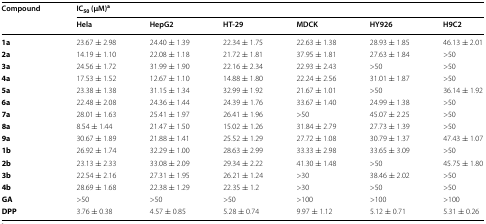
<table><thead><tr><td rowspan="2"><b>Compound</b></td><td colspan="6"><b>IC<sub>50</sub> (μM)<sup>a</sup></b></td></tr><tr><td><b>Hela</b></td><td><b>HepG2</b></td><td><b>HT-29</b></td><td><b>MDCK</b></td><td><b>HY926</b></td><td><b>H9C2</b></td></tr></thead><tbody><tr><td><b>1a</b></td><td>23.67 ± 2.98</td><td>24.40 ± 1.39</td><td>22.34 ± 1.75</td><td>22.63 ± 1.38</td><td>28.93 ± 1.85</td><td>46.13 ± 2.01</td></tr><tr><td><b>2a</b></td><td>14.19 ± 1.10</td><td>22.08 ± 1.18</td><td>21.72 ± 1.81</td><td>37.95 ± 1.81</td><td>27.63 ± 1.84</td><td>&gt;50</td></tr><tr><td><b>3a</b></td><td>24.56 ± 1.72</td><td>31.99 ± 1.90</td><td>22.16 ± 2.34</td><td>22.93 ± 2.43</td><td>&gt;50</td><td>&gt;50</td></tr><tr><td><b>4a</b></td><td>17.53 ± 1.52</td><td>12.67 ± 1.10</td><td>14.88 ± 1.80</td><td>22.24 ± 2.56</td><td>31.01 ± 1.87</td><td>&gt;50</td></tr><tr><td><b>5a</b></td><td>23.38 ± 1.38</td><td>31.15 ± 1.34</td><td>32.99 ± 1.92</td><td>21.67 ± 1.01</td><td>&gt;50</td><td>36.14 ± 1.92</td></tr><tr><td><b>6a</b></td><td>22.48 ± 2.08</td><td>24.36 ± 1.44</td><td>24.39 ± 1.76</td><td>33.67 ± 1.40</td><td>24.99 ± 1.38</td><td>&gt;50</td></tr><tr><td><b>7a</b></td><td>28.01 ± 1.63</td><td>25.41 ± 1.97</td><td>26.41 ± 1.96</td><td>&gt;50</td><td>45.07 ± 2.25</td><td>&gt;50</td></tr><tr><td><b>8a</b></td><td>8.54 ± 1.44</td><td>21.47 ± 1.50</td><td>15.02 ± 1.26</td><td>31.84 ± 2.79</td><td>27.73 ± 1.39</td><td>&gt;50</td></tr><tr><td><b>9a</b></td><td>30.67 ± 1.89</td><td>21.88 ± 1.41</td><td>25.52 ± 1.29</td><td>27.72 ± 1.08</td><td>30.79 ± 1.37</td><td>47.43 ± 1.07</td></tr><tr><td><b>1b</b></td><td>26.92 ± 1.74</td><td>32.29 ± 1.00</td><td>28.63 ± 2.99</td><td>33.33 ± 2.98</td><td>33.65 ± 3.09</td><td>&gt;50</td></tr><tr><td><b>2b</b></td><td>23.13 ± 2.33</td><td>33.08 ± 2.09</td><td>29.34 ± 2.22</td><td>41.30 ± 1.48</td><td>&gt;50</td><td>45.75 ± 1.80</td></tr><tr><td><b>3b</b></td><td>22.54 ± 2.16</td><td>27.31 ± 1.95</td><td>26.21 ± 1.24</td><td>&gt;30</td><td>38.46 ± 2.02</td><td>&gt;50</td></tr><tr><td><b>4b</b></td><td>28.69 ± 1.68</td><td>22.38 ± 1.29</td><td>22.35 ± 1.2</td><td>&gt;30</td><td>&gt;50</td><td>&gt;50</td></tr><tr><td><b>GA</b></td><td>&gt;50</td><td>&gt;50</td><td>&gt;50</td><td>&gt;100</td><td>&gt;100</td><td>&gt;100</td></tr><tr><td><b>DPP</b></td><td>3.76 ± 0.38</td><td>4.57 ± 0.85</td><td>5.28 ± 0.74</td><td>9.97 ± 1.12</td><td>5.12 ± 0.71</td><td>5.31 ± 0.26</td></tr></tbody></table>